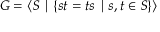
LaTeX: G = \langle S \mid \{ s t = t s \mid s , t \in S \} \rangle